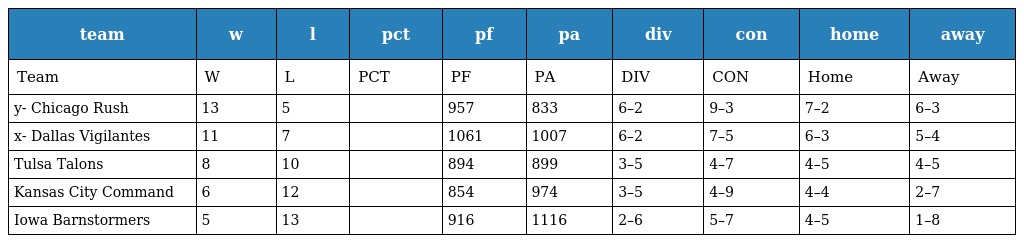
| team | w | l | pct | pf | pa | div | con | home | away |
 | --- | --- | --- | --- | --- | --- | --- | --- | --- | --- |
 | Team | W | L | PCT | PF | PA | DIV | CON | Home | Away |
 | y- Chicago Rush | 13 | 5 |  | 957 | 833 | 6–2 | 9–3 | 7–2 | 6–3 |
 | x- Dallas Vigilantes | 11 | 7 |  | 1061 | 1007 | 6–2 | 7–5 | 6–3 | 5–4 |
 | Tulsa Talons | 8 | 10 |  | 894 | 899 | 3–5 | 4–7 | 4–5 | 4–5 |
 | Kansas City Command | 6 | 12 |  | 854 | 974 | 3–5 | 4–9 | 4–4 | 2–7 |
 | Iowa Barnstormers | 5 | 13 |  | 916 | 1116 | 2–6 | 5–7 | 4–5 | 1–8 |